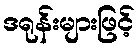
ဒရုန်းများဖြင့်